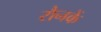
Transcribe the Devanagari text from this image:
रौनकें